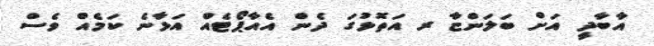
އާބާދީ އަށް ބަލަންޏާ ރ އަތޮޅުގަ ދެން އެއާޕޯޓެއް އަޅާނެ ކަމެއް ވެސް